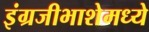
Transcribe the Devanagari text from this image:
इंग्रजीभाशेमध्ये